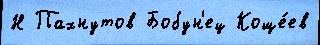
Н Пахнутов Бобун'ец Коще́ев